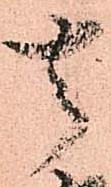
去